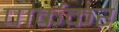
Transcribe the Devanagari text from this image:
पार्ककर